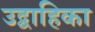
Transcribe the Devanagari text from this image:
उद्वाहिका